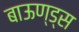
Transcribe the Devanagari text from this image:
बाऊण्ड्स